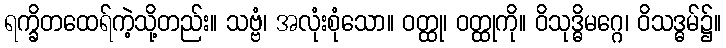
ရက္ခိတထေရ်ကဲ့သို့တည်း။ သဗ္ဗံ၊ အလုံးစုံသော။ ဝတ္ထု၊ ဝတ္ထုကို။ ဝိသုဒ္ဓိမဂ္ဂေ၊ ဝိသဒ္ဓမ်၌။